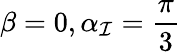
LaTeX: \beta=0,\alpha_{\mathcal{I}}=\frac{{\pi}}{{3}}